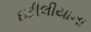
ઇટીલીયાના